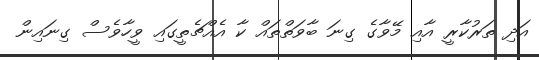
އަދި ތަރުކާރީ އާއި މޭވާގެ ގިނަ ބާވަތްތައް ކާ އެއްޗެތީގައި ވީހާވެސް ގިނައިން